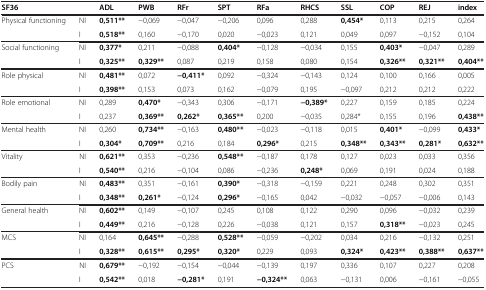
<table><thead><tr><td colspan="2"><b>SF36</b></td><td><b>ADL</b></td><td><b>PWB</b></td><td><b>RFr</b></td><td><b>SPT</b></td><td><b>RFa</b></td><td><b>RHCS</b></td><td><b>SSL</b></td><td><b>COP</b></td><td><b>REJ</b></td><td><b>index</b></td></tr></thead><tbody><tr><td>Physical functioning</td><td>NI</td><td><b>0,511**</b></td><td>−0,069</td><td>−0,047</td><td>−0,206</td><td>0,096</td><td>0,288</td><td><b>0,454*</b></td><td>0,113</td><td>0,215</td><td>0,264</td></tr><tr><td> </td><td>I</td><td><b>0,518**</b></td><td>0,160</td><td>−0,170</td><td>0,020</td><td>−0,023</td><td>0,121</td><td>0,049</td><td>0,097</td><td>−0,152</td><td>0,104</td></tr><tr><td>Social functioning</td><td>NI</td><td><b>0,377*</b></td><td>0,211</td><td>−0,088</td><td><b>0,404*</b></td><td>−0,128</td><td>−0,034</td><td>0,155</td><td><b>0,403*</b></td><td>−0,047</td><td>0,289</td></tr><tr><td> </td><td>I</td><td><b>0,325**</b></td><td><b>0,329**</b></td><td>0,087</td><td>0,219</td><td>0,158</td><td>0,080</td><td>0,154</td><td><b>0,326**</b></td><td><b>0,321**</b></td><td><b>0,404**</b></td></tr><tr><td>Role physical</td><td>NI</td><td><b>0,481**</b></td><td>0,072</td><td><b>−0,411*</b></td><td>0,092</td><td>−0,324</td><td>−0,143</td><td>0,124</td><td>0,100</td><td>0,166</td><td>0,005</td></tr><tr><td> </td><td>I</td><td><b>0,398**</b></td><td>0,153</td><td>0,073</td><td>0,162</td><td>−0,079</td><td>0,195</td><td>−0,097</td><td>0,212</td><td>0,212</td><td>0,222</td></tr><tr><td>Role emotional</td><td>NI</td><td>0,289</td><td><b>0,470*</b></td><td>−0,343</td><td>0,306</td><td>−0,171</td><td><b>−0,389*</b></td><td>0,227</td><td>0,159</td><td>0,185</td><td>0,224</td></tr><tr><td> </td><td>I</td><td>0,237</td><td><b>0,369**</b></td><td><b>0,262*</b></td><td><b>0,365**</b></td><td>0,200</td><td>−0,035</td><td>0,284*</td><td>0,155</td><td>0,196</td><td><b>0,438**</b></td></tr><tr><td>Mental health</td><td>NI</td><td>0,260</td><td><b>0,734**</b></td><td>−0,163</td><td><b>0,480**</b></td><td>−0,023</td><td>−0,118</td><td>0,015</td><td><b>0,401*</b></td><td>−0,099</td><td><b>0,433*</b></td></tr><tr><td> </td><td>I</td><td><b>0,304*</b></td><td><b>0,709**</b></td><td>0,216</td><td>0,184</td><td><b>0,296*</b></td><td>0,215</td><td><b>0,348**</b></td><td><b>0,343**</b></td><td><b>0,281*</b></td><td><b>0,632**</b></td></tr><tr><td>Vitality</td><td>NI</td><td><b>0,621**</b></td><td>0,353</td><td>−0,236</td><td><b>0,548**</b></td><td>−0,187</td><td>0,178</td><td>0,127</td><td>0,023</td><td>0,033</td><td>0,356</td></tr><tr><td> </td><td>I</td><td><b>0,540**</b></td><td>0,216</td><td>−0,104</td><td>0,086</td><td>−0,236</td><td><b>0,248*</b></td><td>0,069</td><td>0,191</td><td>0,024</td><td>0,188</td></tr><tr><td>Bodily pain</td><td>NI</td><td><b>0,483**</b></td><td>0,351</td><td>−0,161</td><td><b>0,390*</b></td><td>−0,318</td><td>−0,159</td><td>0,221</td><td>0,248</td><td>0,302</td><td>0,351</td></tr><tr><td> </td><td>I</td><td><b>0,348**</b></td><td><b>0,261*</b></td><td>−0,124</td><td><b>0,296*</b></td><td>−0,165</td><td>0,042</td><td>−0,032</td><td>−0,057</td><td>−0,006</td><td>0,143</td></tr><tr><td>General health</td><td>NI</td><td><b>0,602**</b></td><td>0,149</td><td>−0,107</td><td>0,245</td><td>0,108</td><td>0,122</td><td>0,290</td><td>0,096</td><td>−0,032</td><td>0,239</td></tr><tr><td> </td><td>I</td><td><b>0,449**</b></td><td>0,216</td><td>−0,128</td><td>0,226</td><td>−0,038</td><td>0,121</td><td>0,157</td><td><b>0,318**</b></td><td>−0,023</td><td>0,245</td></tr><tr><td>MCS</td><td>NI</td><td>0,164</td><td><b>0,645**</b></td><td>−0,288</td><td><b>0,528**</b></td><td>−0,059</td><td>−0,202</td><td>0,034</td><td>0,216</td><td>−0,132</td><td>0,251</td></tr><tr><td> </td><td>I</td><td><b>0,328**</b></td><td><b>0,615**</b></td><td><b>0,295*</b></td><td><b>0,320*</b></td><td>0,229</td><td>0,093</td><td><b>0,324*</b></td><td><b>0,423**</b></td><td><b>0,388**</b></td><td><b>0,637**</b></td></tr><tr><td rowspan="2">PCS</td><td>NI</td><td><b>0,679**</b></td><td>−0,192</td><td>−0,154</td><td>−0,044</td><td>−0,139</td><td>0,197</td><td>0,336</td><td>0,107</td><td>0,227</td><td>0,208</td></tr><tr><td>I</td><td><b>0,542**</b></td><td>0,018</td><td><b>−0,281*</b></td><td>0,191</td><td><b>−0,324**</b></td><td>0,063</td><td>−0,131</td><td>0,006</td><td>−0,161</td><td>−0,055</td></tr></tbody></table>